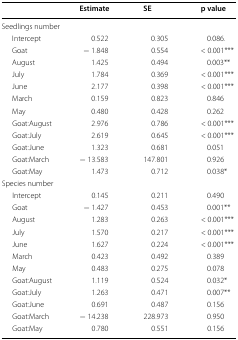
<table><thead><tr><td></td><td><b>Estimate</b></td><td><b>SE</b></td><td><b>p value</b></td></tr></thead><tbody><tr><td colspan="4">Seedlings number</td></tr><tr><td>Intercept</td><td>0.522</td><td>0.305</td><td>0.086.</td></tr><tr><td>Goat</td><td>− 1.848</td><td>0.554</td><td>&lt; 0.001***</td></tr><tr><td>August</td><td>1.425</td><td>0.494</td><td>0.003**</td></tr><tr><td>July</td><td>1.784</td><td>0.369</td><td>&lt; 0.001***</td></tr><tr><td>June</td><td>2.177</td><td>0.398</td><td>&lt; 0.001***</td></tr><tr><td>March</td><td>0.159</td><td>0.823</td><td>0.846</td></tr><tr><td>May</td><td>0.480</td><td>0.428</td><td>0.262</td></tr><tr><td>Goat:August</td><td>2.976</td><td>0.786</td><td>&lt; 0.001***</td></tr><tr><td>Goat:July</td><td>2.619</td><td>0.645</td><td>&lt; 0.001***</td></tr><tr><td>Goat:June</td><td>1.323</td><td>0.681</td><td>0.051</td></tr><tr><td>Goat:March</td><td>− 13.583</td><td>147.801</td><td>0.926</td></tr><tr><td>Goat:May</td><td>1.473</td><td>0.712</td><td>0.038*</td></tr><tr><td colspan="4">Species number</td></tr><tr><td>Intercept</td><td>0.145</td><td>0.211</td><td>0.490</td></tr><tr><td>Goat</td><td>− 1.427</td><td>0.453</td><td>0.001**</td></tr><tr><td>August</td><td>1.283</td><td>0.263</td><td>&lt; 0.001***</td></tr><tr><td>July</td><td>1.570</td><td>0.217</td><td>&lt; 0.001***</td></tr><tr><td>June</td><td>1.627</td><td>0.224</td><td>&lt; 0.001***</td></tr><tr><td>March</td><td>0.423</td><td>0.492</td><td>0.389</td></tr><tr><td>May</td><td>0.483</td><td>0.275</td><td>0.078</td></tr><tr><td>Goat:August</td><td>1.119</td><td>0.524</td><td>0.032*</td></tr><tr><td>Goat:July</td><td>1.263</td><td>0.471</td><td>0.007**</td></tr><tr><td>Goat:June</td><td>0.691</td><td>0.487</td><td>0.156</td></tr><tr><td>Goat:March</td><td>− 14.238</td><td>228.973</td><td>0.950</td></tr><tr><td>Goat:May</td><td>0.780</td><td>0.551</td><td>0.156</td></tr></tbody></table>